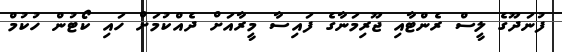
ފުނަދޫގެ ލީސް ރެންޓާއި ޖޫރިމަނާގެ ފައިސާ މީރާއަށް ދެއްކުމަށް ހައި ކޯޓުން ހުކުމް